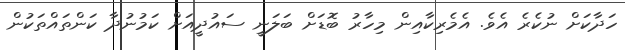
ހަދާކަށް ނުކެރެ އެވެ. އެމެރިކާއިން މިހާރު ބޮޑަށް ބަލަނީ ސައުދީއަށް ކަމުނުދާ ކަންތައްތަކުން